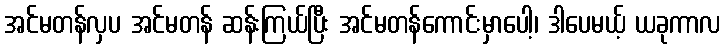
အင်မတန်လှပ အင်မတန် ဆန်းကြယ်ပြီး အင်မတန်ကောင်းမှာပေါ့၊ ဒါပေမယ့် ယခုကာလ